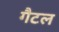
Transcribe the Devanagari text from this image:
गैटल